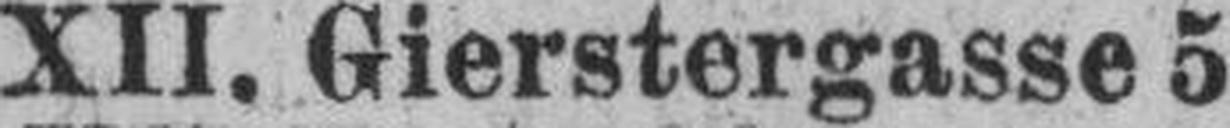
XII. Gierstergasse 5